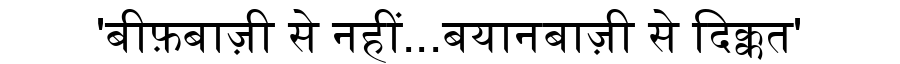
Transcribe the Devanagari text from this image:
'बीफ़बाज़ी से नहीं...बयानबाज़ी से दिक्कत'